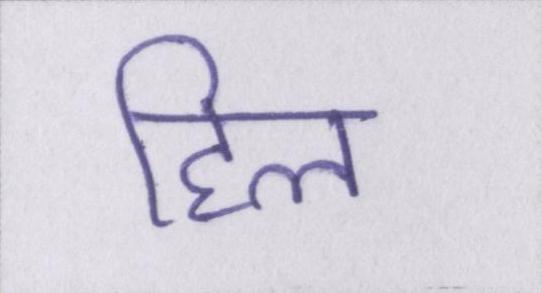
हिल